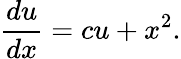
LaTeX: {\frac{du}{dx}}=cu+x^{2}.